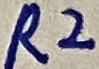
Text: R2